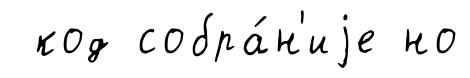
код собра́н'иjе но